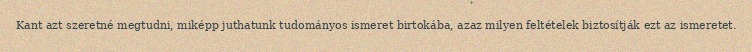
Kant azt szeretné megtudni, miképp juthatunk tudományos ismeret birtokába, azaz milyen feltételek biztosítják ezt az ismeretet.